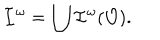
LaTeX: { \cal I } ^ { \omega } = \bigcup { \cal I } ^ { \omega } ( { \cal O } ) .